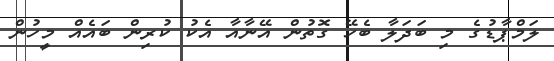
ލަމްޕާޑުގެ މި ބަދަލާ ބެހޭ ގޮތުން އޭނާއާ އެކު ކުރިން ބައެއް މީހުން